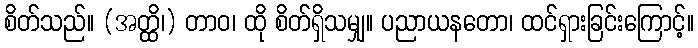
စိတ်သည်။ (အတ္ထိ၊) တာဝ၊ ထို စိတ်ရှိသမျှ။ ပညာယနတော၊ ထင်ရှားခြင်းကြောင့်။